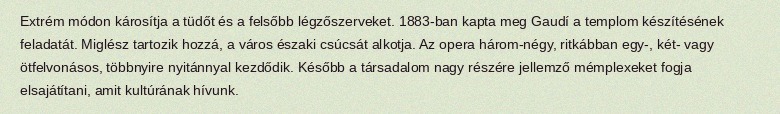
Extrém módon károsítja a tüdőt és a felsőbb légzőszerveket. 1883-ban kapta meg Gaudí a templom készítésének feladatát. Miglész tartozik hozzá, a város északi csúcsát alkotja. Az opera három-négy, ritkábban egy-, két- vagy ötfelvonásos, többnyire nyitánnyal kezdődik. Később a társadalom nagy részére jellemző mémplexeket fogja elsajátítani, amit kultúrának hívunk.